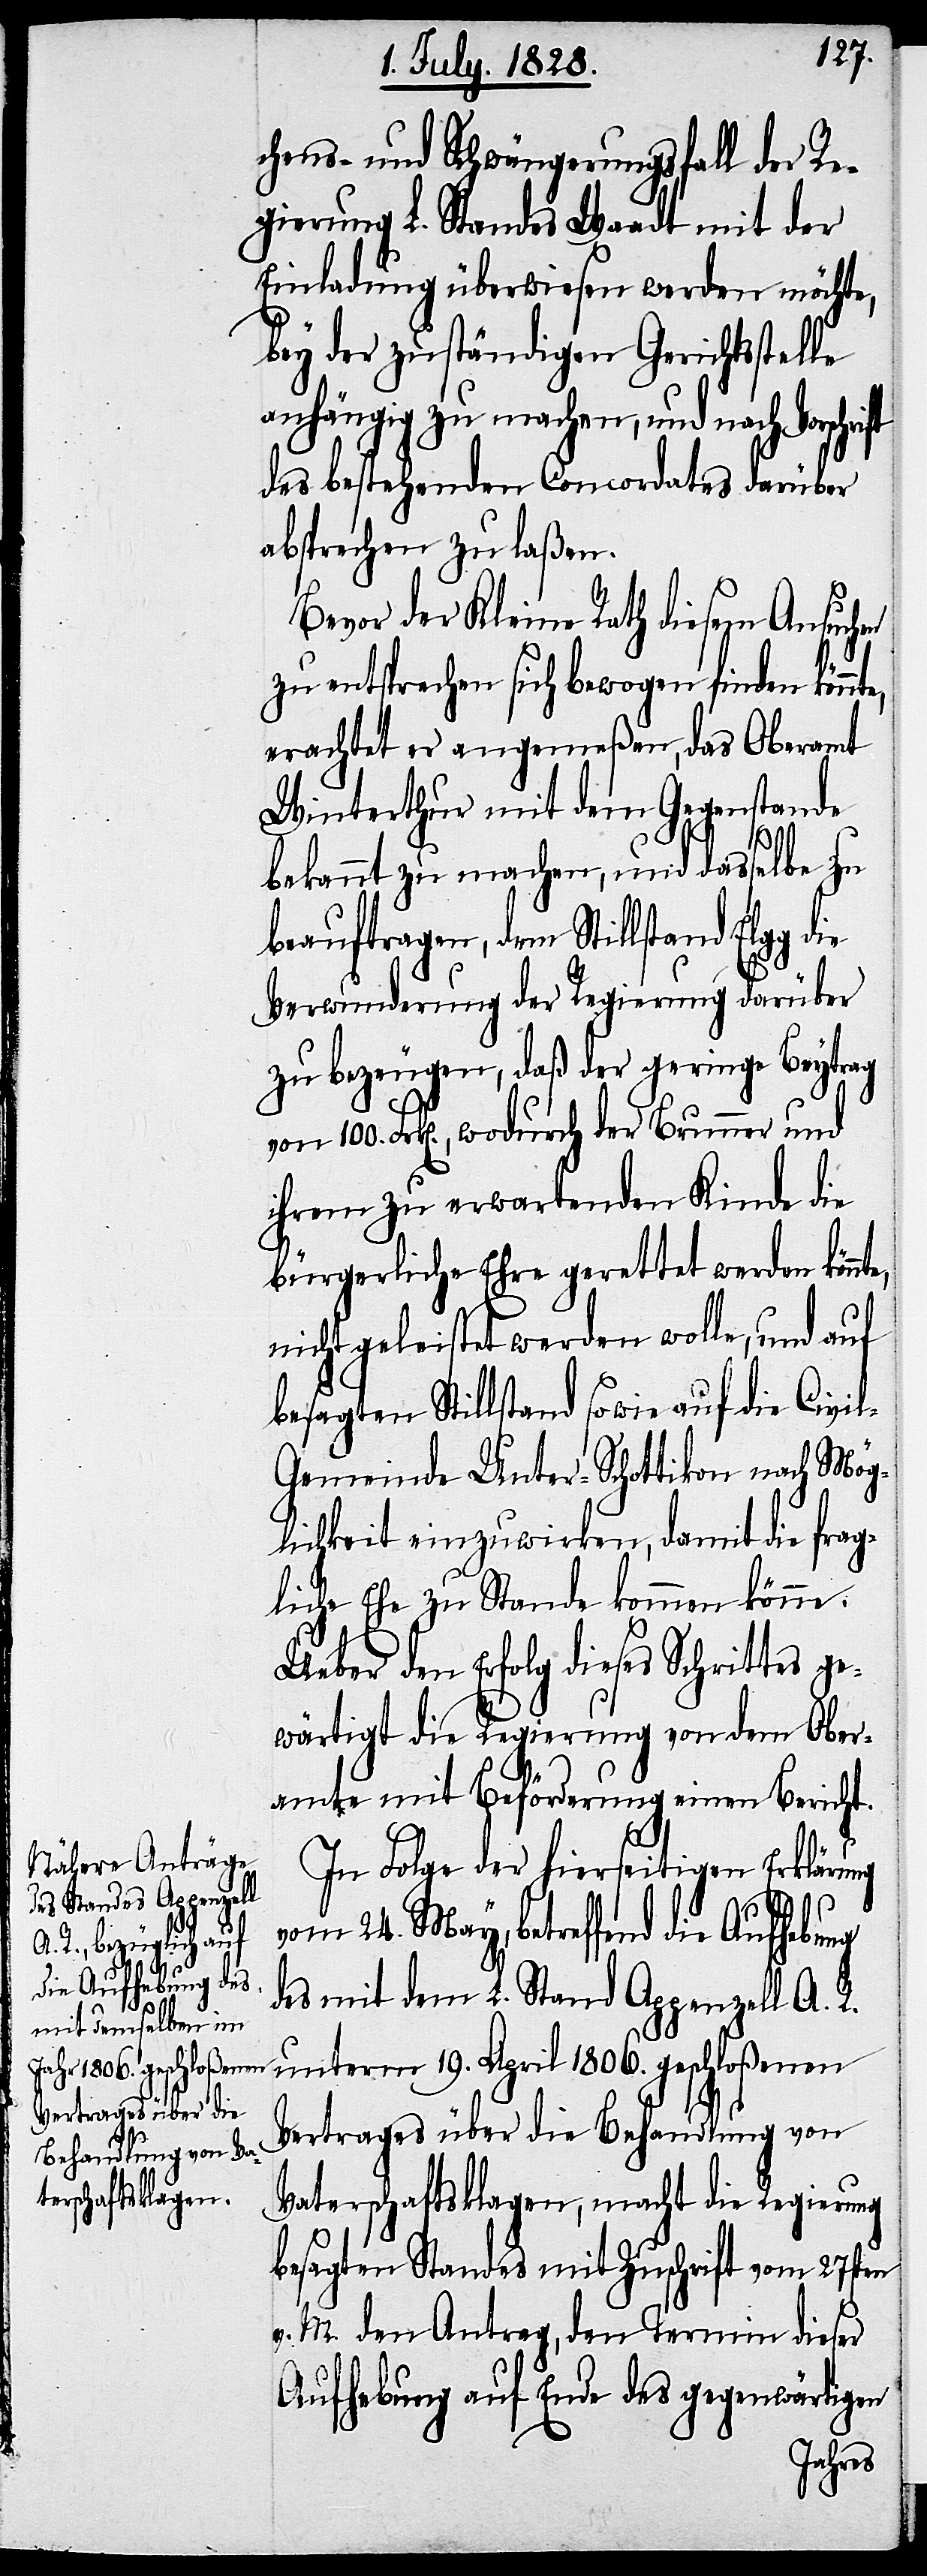
chens- und Schwängerungsfall der Re¬
gierung L. Standes Waadt mit der
Einladung überwiesen werden möchte,
bey der zuständigen Gerichtsstel¬
anhängig zu machen, und nach Vorschri¬
des bestehenden Concordates darüber
absprechen zu laßen.
Bevor der Kleine Rath diesem Ansuchen
zu entsprechen sich bewogen finden könnte,
erachtet er angemeßen, das Oberamt
Winterthur mit dem Gegenstande
1806.
bekannt zu machen, und dasselbe zu
beauftragen, dem Stillstand Elgg
Verwunderung der Regierung darüber
zu bezeugen, daß der geringe Beytrag
ihrem zu erwartenden Kinde die
bürgerliche Ehre gerettet werden könnt¬
nicht geleistet werden wolle, und auf
besagten Stillstand sowie auf die Civi¬
l-Gemeinde Unter-Schottikon nach Mög¬
lichkeit einzuwirken, damit die frag¬
liche Ehe zu Stande kommen könne.
Ueber den Erfolg dieses Schrittes ge¬
wärtigt die Regierung von dem Ober¬
amte mit Beförderung einen Bericht.
In Folge der hierseitigen Erklärung
vom 24. May, betreffend die Aufhebung
le
des mit dem L. Stand Appenzell A. R.
19.
Vertrages über die Behandlung von
Vaterschaftsklagen, macht die Regierung
besagten Standes mit Zuschrift vom 27sten
v. M. den Antrag, den Termin dieser
Aufhebung auf Ende des gegenwärtigen